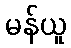
မန်ယူ